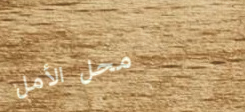
محل الأمل